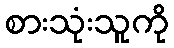
စားသုံးသူကို